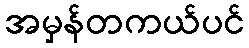
အမှန်တကယ်ပင်